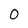
Character: 0